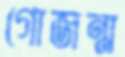
গোজন্ম